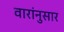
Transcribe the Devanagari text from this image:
वारांनुसार